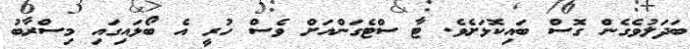
ބަދަލުވެގެން ގޮސް ބައިކޮޅަށެވެ. ޓާ ސްޓެގަންއަށް ވެސް ހުރީ އެ ބޯޅައިގައި މިސްރާބު